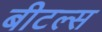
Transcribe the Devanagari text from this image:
बीटल्‍स